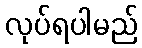
လုပ်ရပါမည်